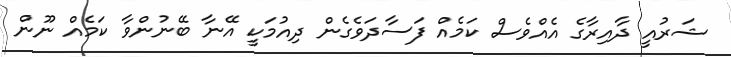
ޝަރުއީ ދާއިރާގެ އެއްވެސް ކަމެއް ފަސާދަވެގެން ދިއުމަކީ އޭނާ ބޭނުންވާ ކަމެއް ނޫން